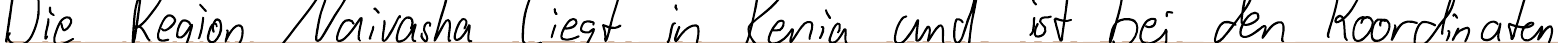
Die Region Naivasha liegt in Kenia und ist bei den Koordinaten